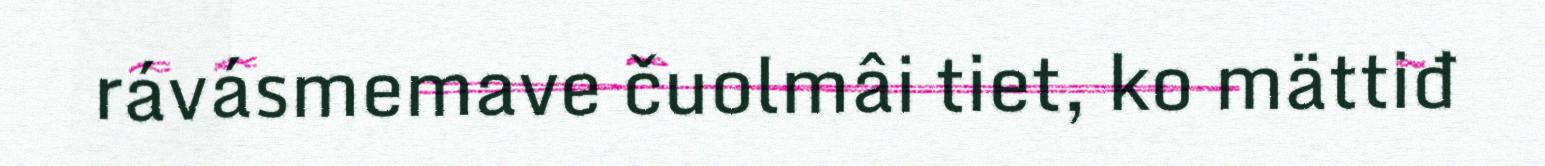
rávásmemave čuolmâi tiet, ko mättiđ